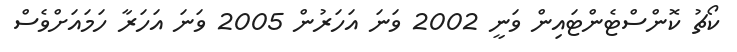
ކޯޗު ކޮންސްޓެންޓައިން ވަނީ 2002 ވަނަ އަހަރުން 2005 ވަނަ އަހަރާ ހަމައަށްވެސް